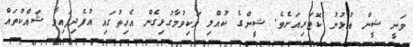
ވަނީ ޝީން އުޅުނު ކޮޓަރިއަށެވެ. ޝީންގެ ކުއްލި ވަކިވުމާގުޅިގެން އެހިތުގައި އުފެދިފައިވާ ޝައްކުތައް